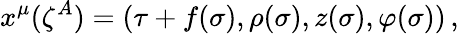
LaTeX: x^{\mu}(\zeta^{A})=(\tau+f(\sigma),\rho(\sigma),z(\sigma),\varphi(\sigma))\, ,